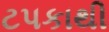
ટપકાથી